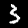
Label: 3